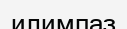
илимпаз